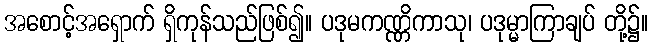
အစောင့်အရှောက် ရှိကုန်သည်ဖြစ်၍။ ပဒုမကဏ္ဏိကာသု၊ ပဒုမ္မာကြာချပ် တို့၌။